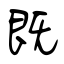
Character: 既